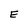
Character: E